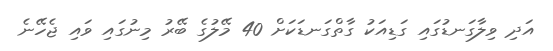
އަދި ވިލާގަނޑުގައި ގަޑިއަކު ގާތްގަނޑަކަށް 40 މޭލުގެ ބޭރު މިނުގައި ވައި ޖެހޭނެ